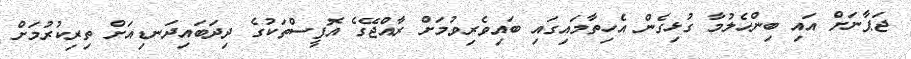
ޖަޕާނަށް އައި ބިންހެލުމާ ގުޅިގެން އެހިތާމައިގައި ބައިވެރިވުމަށް ރާއްޖޭގެ އޮފީސްތަކުގެ ދިދަބައިދަނޑިއަށް ތިރިކުރުމަށް